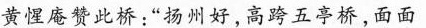
黄惺庵赞此桥：”扬州好，高跨五亭桥，面面